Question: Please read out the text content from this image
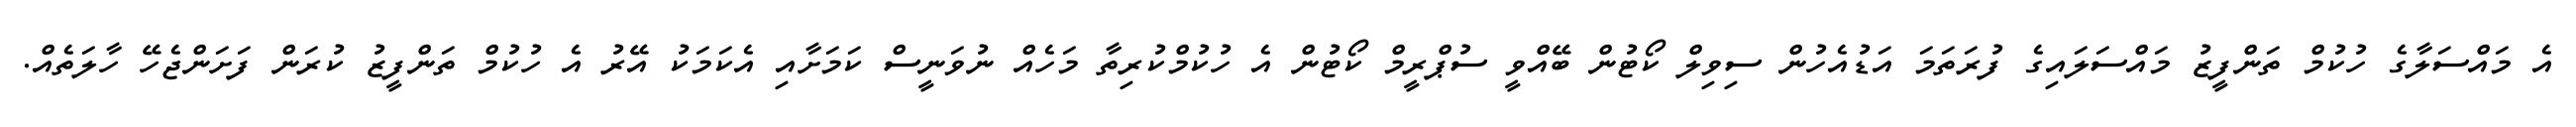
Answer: އެ މައްސަލާގެ ހުކުމް ތަންފީޒު މައްސަލައިގެ ފުރަތަމަ އަޑުއެހުން ސިވިލް ކޯޓުން ބޭއްވީ ސުޕްރީމް ކޯޓުން އެ ހުކުމްކުރިތާ މަހެއް ނުވަނީސް ކަމަށާއި އެކަމަކު އޭރު އެ ހުކުމް ތަންފީޒު ކުރަން ފަށަންޖެހޭ ހާލަތެއް.